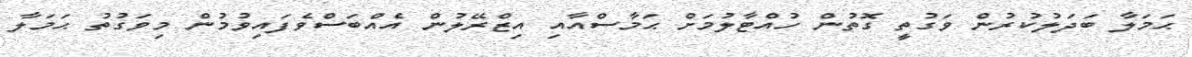
ޙަމަލާ ބަދަލުކުރުން ވަގުތީ ގޮތުން ހުއްޓާލުމަށް ޙަމާސްއާއި އިޒްރޭލުން އެއްބަސްވެފައިވުމުން މިވަގުތު ޙަމަލާ